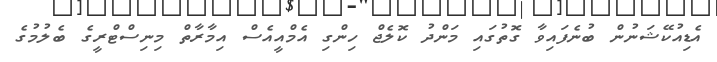
އެޑިއުކޭޝަނުން ބުނެފައިވާ ގޮތުގައި މަންދު ކޮލެޖް ހިންގި އެމްއީއެސް އިމާރާތް މިނިސްޓްރީގެ ބެލުމުގެ